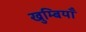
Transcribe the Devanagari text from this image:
खुम्बियाँ